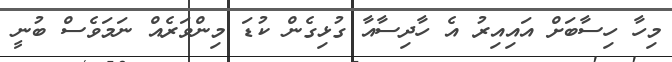
މިހާ ހިސާބަށް އައިއިރު އެ ހާދިސާއާ ގުޅިގެން ކުޑަ މިންވަރެއް ނަމަވެސް ބުނީ